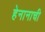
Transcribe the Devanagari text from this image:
हेनानाची